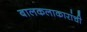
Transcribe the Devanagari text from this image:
बालकलाकारांची